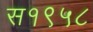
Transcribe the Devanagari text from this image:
स१९५८